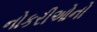
નોકરીઓનો